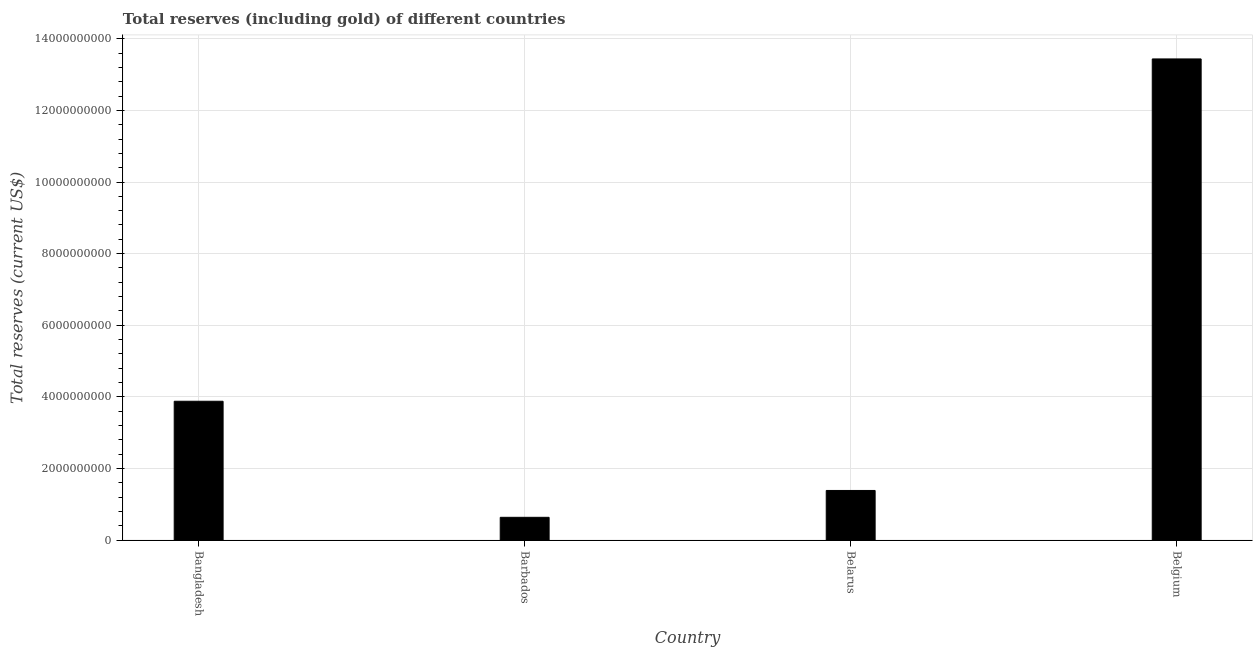
| Country | Total reserves (includes gold |
 | --- | --- |
 | Bangladesh | 3.88e+09 |
 | Barbados | 6.36e+08 |
 | Belarus | 1.39e+09 |
 | Belgium | 1.34e+10 |